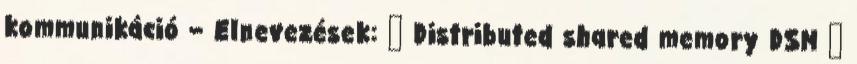
kommunikáció – Elnevezések: ● Distributed shared memory DSM ●